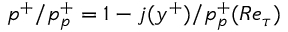
p ^ { + } / p _ { p } ^ { + } = 1 - j ( y ^ { + } ) / p _ { p } ^ { + } ( R e _ { \tau } )